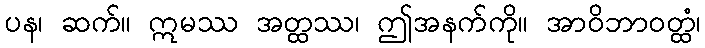
ပန၊ ဆက်။ ဣမဿ အတ္ထဿ၊ ဤအနက်ကို။ အာဝိဘာဝတ္ထံ၊